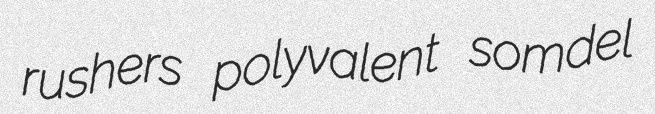
rushers polyvalent somdel